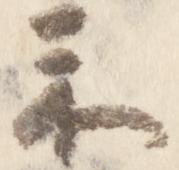
示